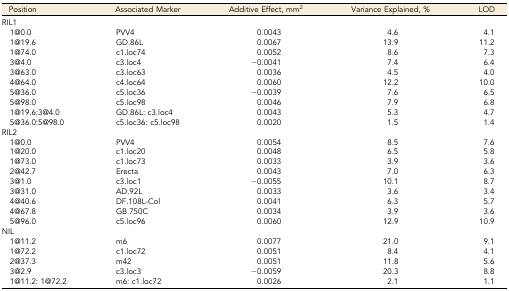
<table><thead><tr><td><b>Position</b></td><td><b>Associated Marker</b></td><td><b>Additive Effect, mm<sup>2</sup></b></td><td><b>Variance Explained, %</b></td><td><b>LOD</b></td></tr></thead><tbody><tr><td>RIL1</td><td></td><td></td><td></td><td></td></tr><tr><td> 1@0.0</td><td>PVV4</td><td>0.0043</td><td>4.6</td><td>4.1</td></tr><tr><td> 1@19.6</td><td>GD.86L</td><td>0.0067</td><td>13.9</td><td>11.2</td></tr><tr><td> 1@74.0</td><td>c1.loc74</td><td>0.0052</td><td>8.6</td><td>7.3</td></tr><tr><td> 3@4.0</td><td>c3.loc4</td><td>−0.0041</td><td>7.4</td><td>6.4</td></tr><tr><td> 3@63.0</td><td>c3.loc63</td><td>0.0036</td><td>4.5</td><td>4.0</td></tr><tr><td> 4@64.0</td><td>c4.loc64</td><td>0.0060</td><td>12.2</td><td>10.0</td></tr><tr><td> 5@36.0</td><td>c5.loc36</td><td>−0.0039</td><td>7.6</td><td>6.5</td></tr><tr><td> 5@98.0</td><td>c5.loc98</td><td>0.0046</td><td>7.9</td><td>6.8</td></tr><tr><td> 1@19.6:3@4.0</td><td>GD.86L: c3.loc4</td><td>0.0043</td><td>5.3</td><td>4.7</td></tr><tr><td> 5@36.0:5@98.0</td><td>c5.loc36: c5.loc98</td><td>0.0020</td><td>1.5</td><td>1.4</td></tr><tr><td>RIL2</td><td></td><td></td><td></td><td></td></tr><tr><td> 1@0.0</td><td>PVV4</td><td>0.0054</td><td>8.5</td><td>7.6</td></tr><tr><td> 1@20.0</td><td>c1.loc20</td><td>0.0048</td><td>6.5</td><td>5.8</td></tr><tr><td> 1@73.0</td><td>c1.loc73</td><td>0.0033</td><td>3.9</td><td>3.6</td></tr><tr><td> 2@42.7</td><td>Erecta</td><td>0.0043</td><td>7.0</td><td>6.3</td></tr><tr><td> 3@1.0</td><td>c3.loc1</td><td>−0.0055</td><td>10.1</td><td>8.7</td></tr><tr><td> 3@31.0</td><td>AD.92L</td><td>0.0033</td><td>3.6</td><td>3.4</td></tr><tr><td> 4@40.6</td><td>DF.108L-Col</td><td>0.0041</td><td>6.3</td><td>5.7</td></tr><tr><td> 4@67.8</td><td>GB.750C</td><td>0.0034</td><td>3.9</td><td>3.6</td></tr><tr><td> 5@96.0</td><td>c5.loc96</td><td>0.0060</td><td>12.9</td><td>10.9</td></tr><tr><td>NIL</td><td></td><td></td><td></td><td></td></tr><tr><td> 1@11.2</td><td>m6</td><td>0.0077</td><td>21.0</td><td>9.1</td></tr><tr><td> 1@72.2</td><td>c1.loc72</td><td>0.0051</td><td>8.4</td><td>4.1</td></tr><tr><td> 2@37.3</td><td>m42</td><td>0.0051</td><td>11.8</td><td>5.6</td></tr><tr><td> 3@2.9</td><td>c3.loc3</td><td>−0.0059</td><td>20.3</td><td>8.8</td></tr><tr><td> 1@11.2: 1@72.2</td><td>m6: c1.loc72</td><td>0.0026</td><td>2.1</td><td>1.1</td></tr></tbody></table>